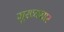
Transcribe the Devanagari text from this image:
मुख्यधार